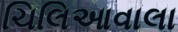
ચિલિઆવાલા